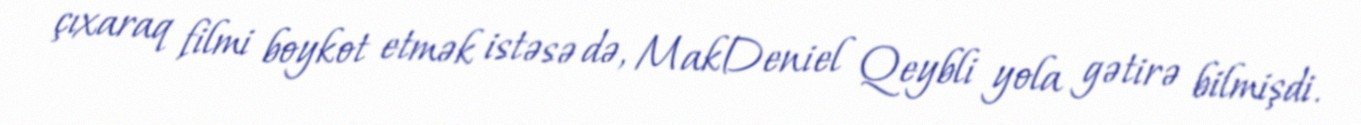
çıxaraq filmi boykot etmək istəsə də, MakDeniel Qeybli yola gətirə bilmişdi.